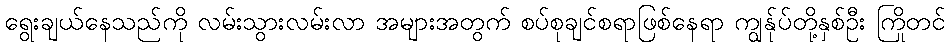
ရွေးချယ်နေသည်ကို လမ်းသွားလမ်းလာ အများအတွက် စပ်စုချင်စရာဖြစ်နေရာ ကျွန်ုပ်တို့နှစ်ဦး ကြိုတင်